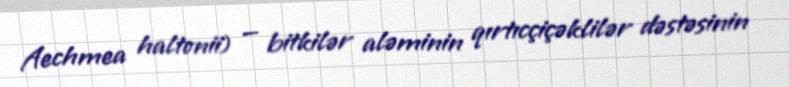
Aechmea haltonii) — bitkilər aləminin qırtıcçiçəklilər dəstəsinin